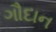
ગૌદાન